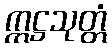
ဣဋ္ဌသုတ္တံ